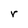
Character: r